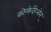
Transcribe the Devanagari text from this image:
कोन्फेदेरेओन्